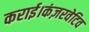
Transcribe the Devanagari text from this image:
कराई।कंज़रवेटिव